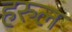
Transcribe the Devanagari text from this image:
हरुल